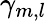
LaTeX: \gamma_{m,l}